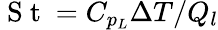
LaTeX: \mathrm{~S~t~}=C_{p_{L}}\Delta T/Q_{l}